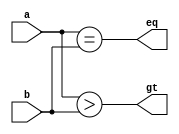

// compare.v - compares two unsigned numbers 
//
// Roy Kravitz
// 24-Sep-2016
//
// Description:
// ------------
// Compares two unsigned numbers and signals whether the first number (a) is
// greater than and/or equal to the second (b).  a < b would be indicated as
//    assign lt = ~gt * ~eq
//
// There is a single parameter SIZE (default 4 bits) that can be used
// to specify the size of the compare.  Any numbers that require more
// bits than SIZE will be truncated
//
module compare
#(
	parameter SIZE = 4
)
(
	input	[SIZE-1:0]	a,			// number to compare
	input	[SIZE-1:0]	b,			// number to compare against
	output		        gt,			// asserted high if a > b, low otherwise
	output			eq			// asserted high if a == b, low otherwise
);

assign gt = a > b;
assign eq = a == b;

endmodule